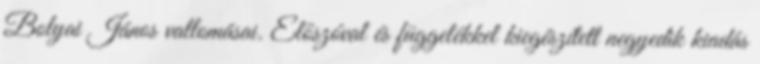
Bolyai János vallomásai. Előszóval és függelékkel kiegészített negyedik kiadás